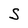
Character: S